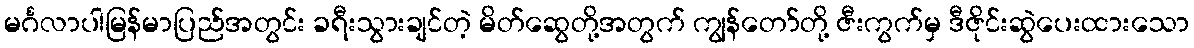
မင်္ဂလာပါမြန်မာပြည်အတွင်း ခရီးသွားချင်တဲ့ မိတ်ဆွေတို့အတွက် ကျွန်တော်တို့ ဇီးကွက်မှ ဒီဇိုင်းဆွဲပေးထားသော